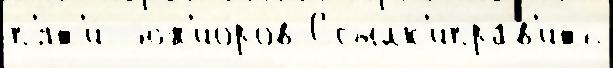
п'ят'и́  юн'ио́ров Ссылк'иправ'ить